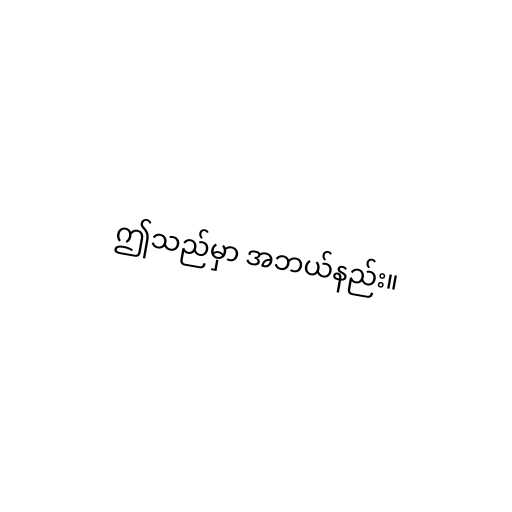
ဤသည်မှာ အဘယ်နည်း။